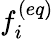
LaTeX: f_{i}^{(eq)}